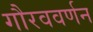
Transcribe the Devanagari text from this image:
गौरववर्णन